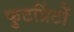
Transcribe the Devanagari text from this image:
फुटप्रिंटों